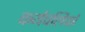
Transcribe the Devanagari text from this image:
कर्यपलिकों